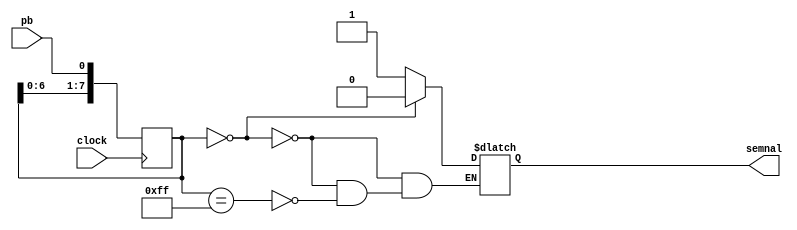
`timescale 1ns / 1ps
//////////////////////////////////////////////////////////////////////////////////
// Company: 
// Engineer: 
// 
// Design Name: 
// Module Name:    debounce 
// Project Name: 
// Target Devices: 
// Tool versions: 
// Description: 
//
// Dependencies: 
//
// Revision: 
// Revision 0.01 - File Created
// Additional Comments: 
//
//////////////////////////////////////////////////////////////////////////////////
module debounce(
	 pb,
	 clock,
	 semnal
    );
	 
	 input pb;
	 input clock;
	 output semnal;
	 
	 reg semnal;
	 

	 reg [7:0] count_d;
	 reg [7:0] count_q;
	 
	 
	always @(*) begin
		count_d = count_q;
		if(count_d[7:0] == 8'b00000000)begin
			semnal = 1'b0;
		end else begin
			if(count_d[7:0] == 8'b11111111) begin
				semnal = 1'b1;
			end else begin
				semnal = semnal;
			end
		end
		count_d[7:0] = {count_d[6:0],pb};
	end
	
	always@(posedge clock) begin
		count_q <= count_d; 
	end	

endmodule